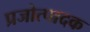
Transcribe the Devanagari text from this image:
प्रजोत्पादक